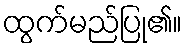
ထွက်မည်ပြု၏။